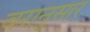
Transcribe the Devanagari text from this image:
वरानुसार